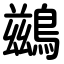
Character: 鷀